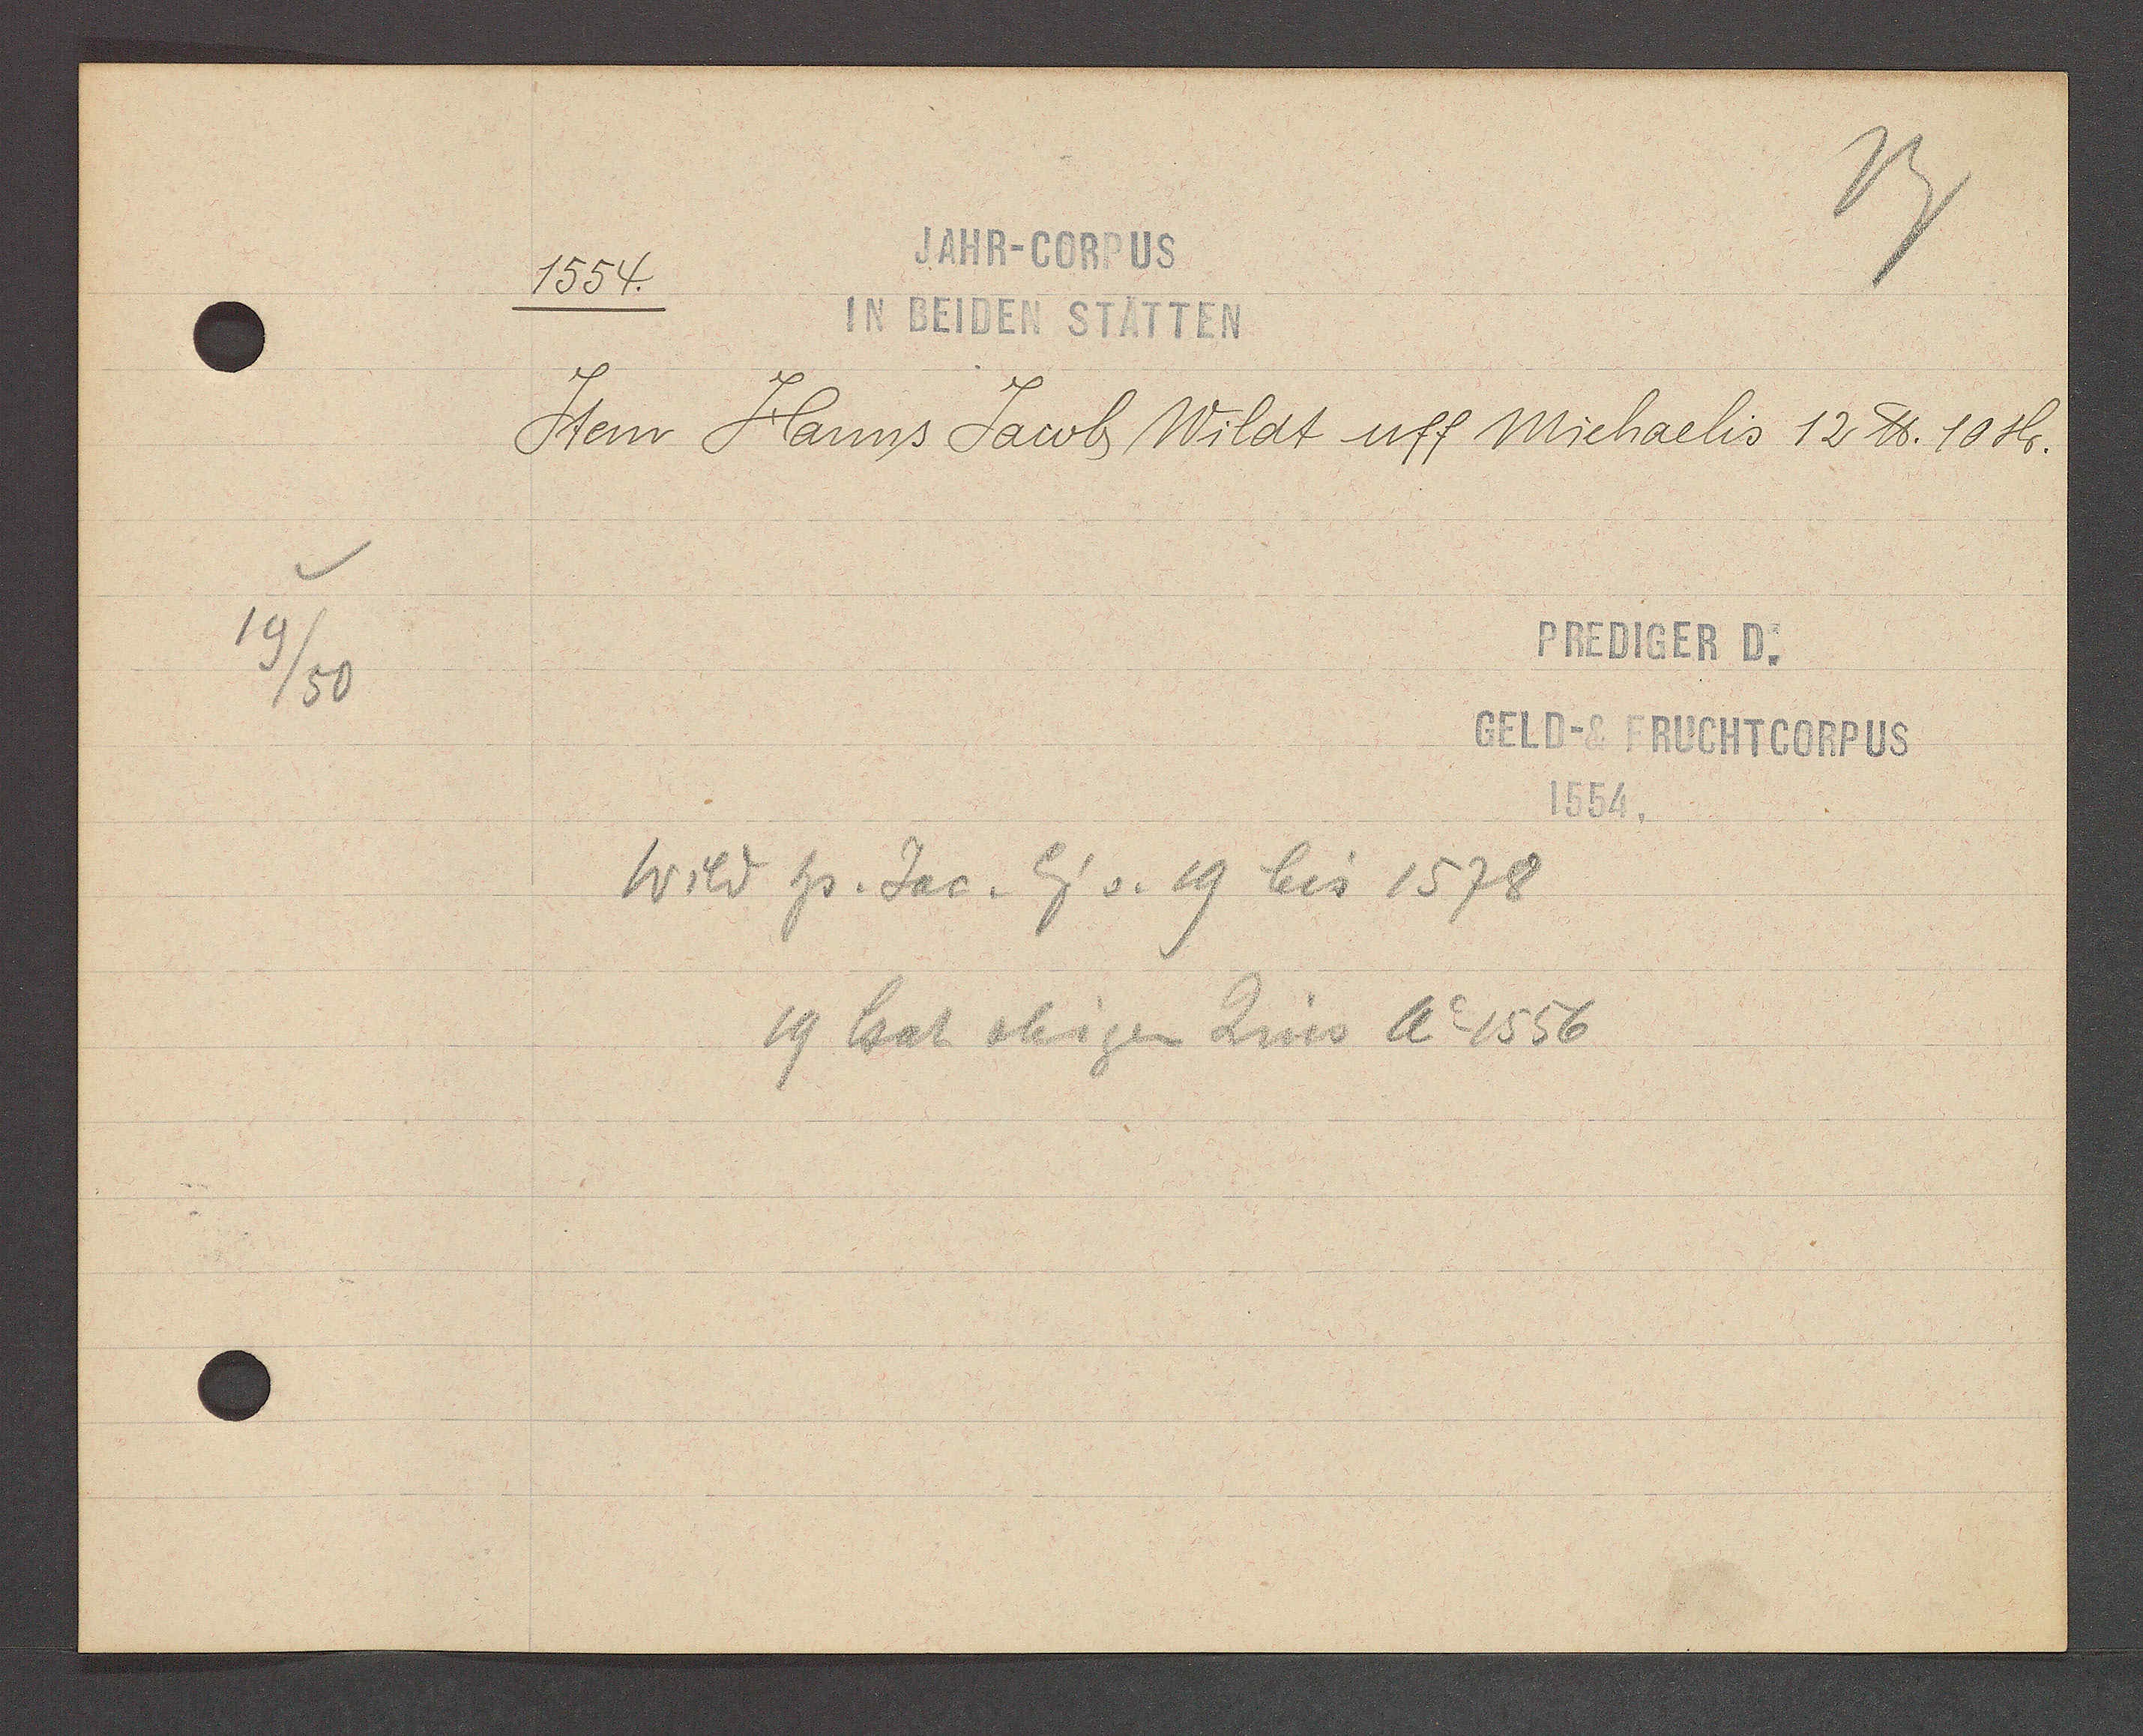
Transcript:
19/50

JAHR-CORPUS
1554.
IN BEIDEN STÄTTEN

Item Hanns Jacob Wildt uff Michaelis 12 ℔. 10sh.

Wild hs. Jac. Eig v. 19 bis 1578
19 hat obigen Zins Ao 1556

PREDIGER D.
GELD-& FRUCHTCORPUS
1554.